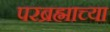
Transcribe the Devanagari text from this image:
परब्रह्माच्या